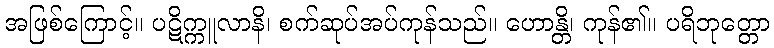
အဖြစ်ကြောင့်။ ပဋိက္ကူလာနိ၊ စက်ဆုပ်အပ်ကုန်သည်။ ဟောန္တိ၊ ကုန်၏။ ပရိဘုတ္တော